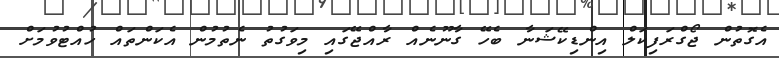
އެގޮތުން ޖޯގްރަފިކަލް އިންޑިކޭޝަނާ ބެހޭ ގާނޫނެއް ރާއްޖޭގައި މިވަގުތު ނެތުމުން އެކަންތައް ހުއްޓުވުމަށް